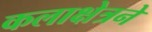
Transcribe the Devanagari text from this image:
कलाक्षेत्रने